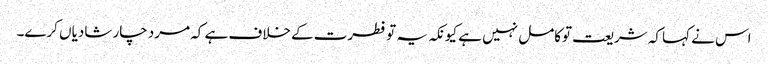
اس نے کہا کہ شریعت توکامل نہیں ہے کیونکہ یہ تو فطرت کے خلاف ہے کہ مرد چار شادیاں کرے۔